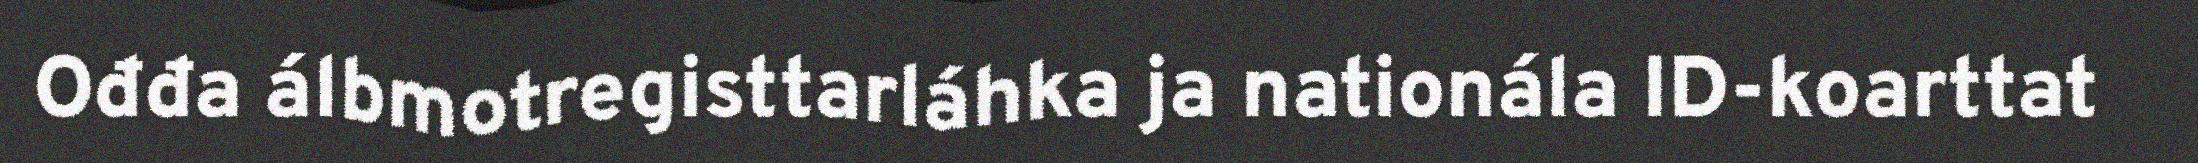
Ođđa álbmotregisttarláhka ja nationála ID-koarttat